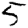
Digit: 5